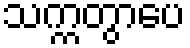
သက္ကတွာပေ